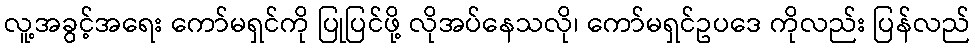
လူ့အခွင့်အရေး ကော်မရှင်ကို ပြုပြင်ဖို့ လိုအပ်နေသလို၊ ကော်မရှင်ဥပဒေ ကိုလည်း ပြန်လည်